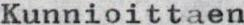
Kunnioittaen